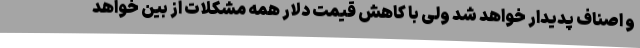
و اصناف پدیدار خواهد شد ولی با کاهش قیمت دلار همه مشکلات از بین خواهد